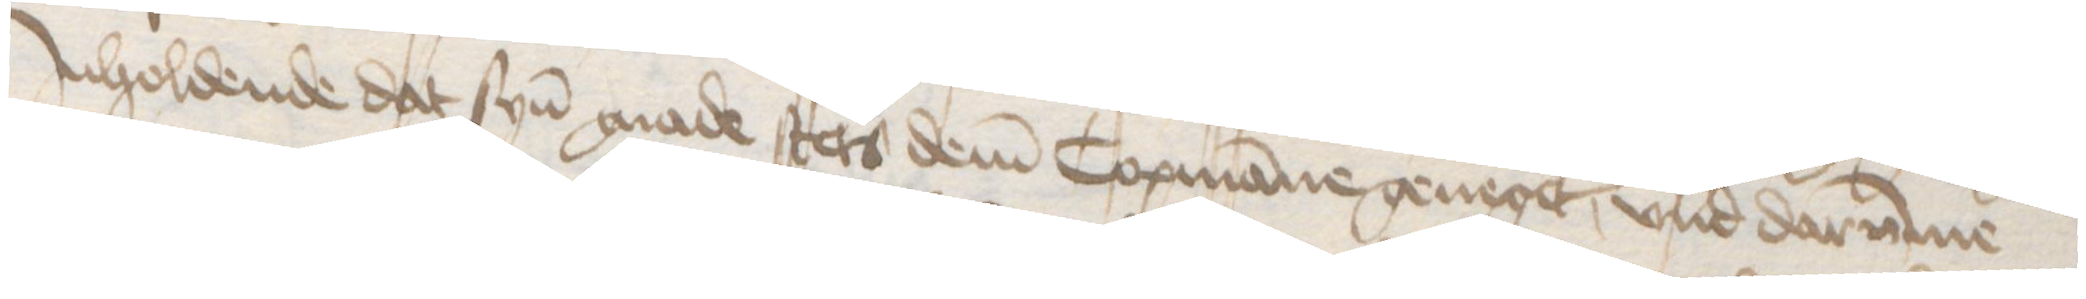
Jnholdende dat syn gnade stets dem Copmanne geneget, vnd darumme